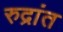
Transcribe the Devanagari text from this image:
रुद्रांत